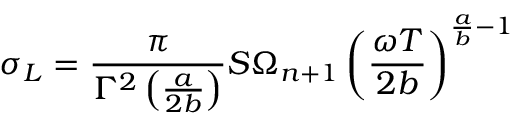
\sigma _ { L } = \frac { \pi } { \Gamma ^ { 2 } \left( \frac { a } { 2 b } \right) } S \Omega _ { n + 1 } \left( \frac { \omega T } { 2 b } \right) ^ { \frac { a } { b } - 1 }